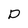
Character: D